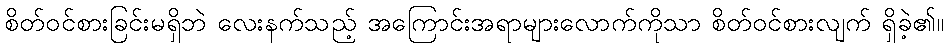
စိတ်ဝင်စားခြင်းမရှိဘဲ လေးနက်သည့် အကြောင်းအရာများလောက်ကိုသာ စိတ်ဝင်စားလျက် ရှိခဲ့၏။